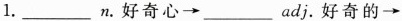
1.___n.好奇心→___adj.好奇的→